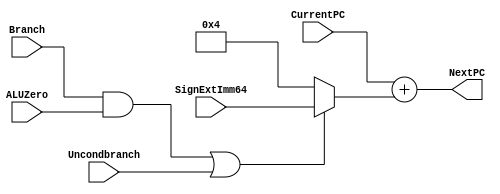
module NextPClogic(NextPC, CurrentPC, SignExtImm64, Branch, ALUZero, Uncondbranch); 

       input [63:0] CurrentPC, SignExtImm64; // SignExtImm64 is the output of the sign extender

       // Branch is true if the current instruction is a conditional branch instruction
       // Uncondbranch is true if the current instruction is an Unconditional Branch (B)
       // ALUZero is the Zero output of the ALU
       input Branch, ALUZero, Uncondbranch;
       output [63:0] NextPC; 

       // additions with a constant should have a delay of 1
       // general addition should have a delay of 2
       // any multiplexers should have a delay of 1 (includes statements inside if/else statements)
       wire [63:0] shiftSignExt = SignExtImm64; // << 2; // shift left 2

       wire muxControl = (Branch && ALUZero) || Uncondbranch; // gate logic

       wire [63:0] muxOutput; // result of MUX
       assign muxOutput = muxControl ? shiftSignExt : 4;

       always @ (*)
       begin
              if(muxControl) #3;
              else #2;
       end

       assign NextPC = CurrentPC + muxOutput; // Assign next PC
endmodule